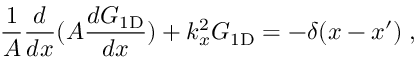
\frac { 1 } { A } \frac { d } { d x } ( A \frac { d G _ { \mathrm { 1 D } } } { d x } ) + k _ { x } ^ { 2 } { G _ { \mathrm { 1 D } } } = - \delta ( x - x ^ { \prime } ) \; ,